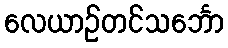
လေယာဉ်တင်သင်္ဘော